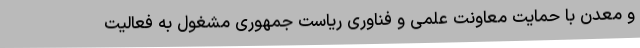
و معدن با حمایت معاونت علمی و فناوری ریاست جمهوری مشغول به فعالیت